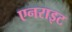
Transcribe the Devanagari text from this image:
एनराइट